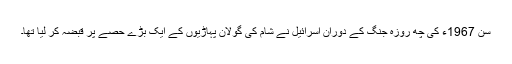
سن 1967ء کی چھ روزہ جنگ کے دوران اسرائیل نے شام کی گولان پہاڑیوں کے ایک بڑے حصے پر قبضہ کر لیا تھا۔